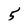
Character: 5